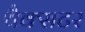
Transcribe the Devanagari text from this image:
थैक्सटर